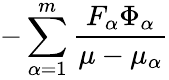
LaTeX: -\sum_{\alpha=1}^{m}\frac{F_{\alpha}\Phi_{\alpha}}{\mu-\mu_{\alpha}}